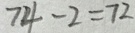
7 4 - 2 = 7 2